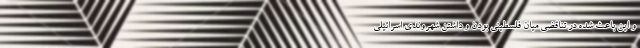
و این باعث شده در تناقضی میان فلسطینی بودن و داشتن شهروندی اسرائیلی